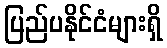
ပြည်ပနိုင်ငံများရှိ